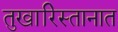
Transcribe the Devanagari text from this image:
तुखारिस्तानात